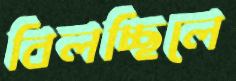
বিলচ্ছিলে